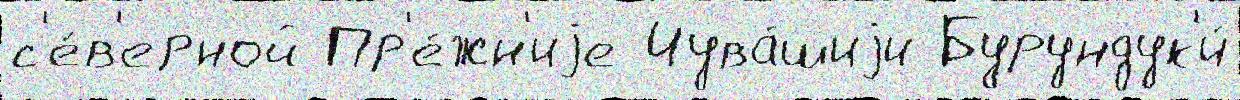
с'е́в'ерной Пр'е́жн'иjе Чува́шиjи Бурундук'и́